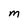
Character: M